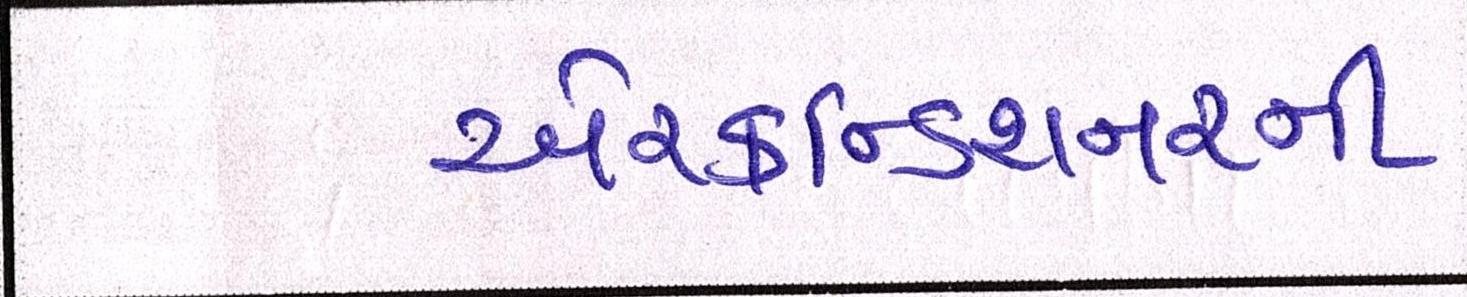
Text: એરકન્ડિશનરની